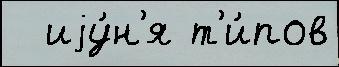
  иjу́н'я т'и́пов